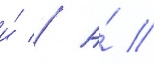
и́ // А́ //